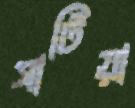
সাটিয়া